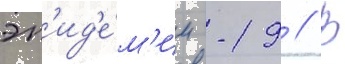
эп'ид'е́м'ии -19 // В